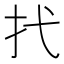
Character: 𢩮